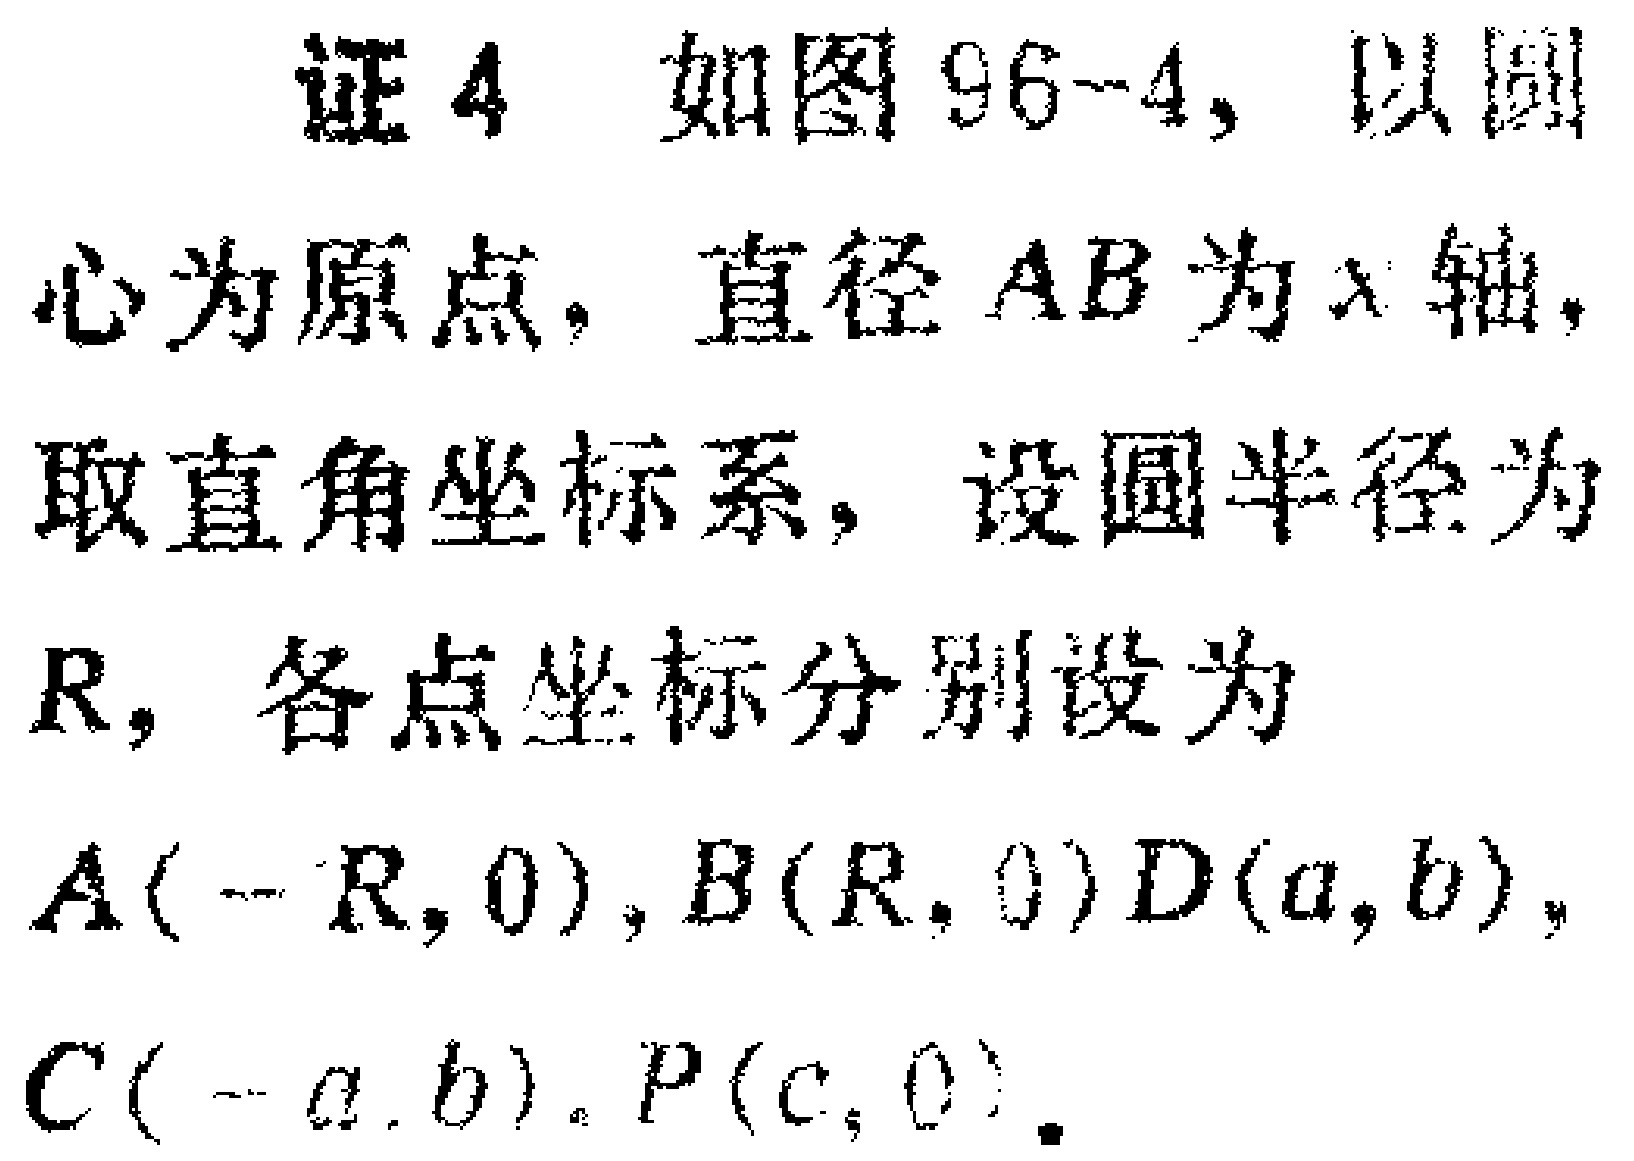
证4 如图96-4，以圆心为原点，直径\(AB\)为\(x\)轴，取直角坐标系，设圆半径为\(R\)，各点坐标分别设为\(A(-R,0)\)，\(B(R,0)\)，\(D(a,b)\)，\(C(-a,b)\)，\(P(c,0)\)。